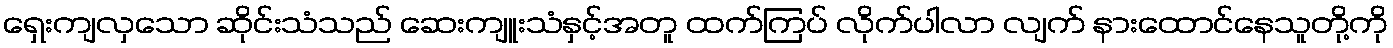
ရှေးကျလှသော ဆိုင်းသံသည် ဆေးကျူးသံနှင့်အတူ ထက်ကြပ် လိုက်ပါလာ လျက် နားထောင်နေသူတို့ကို